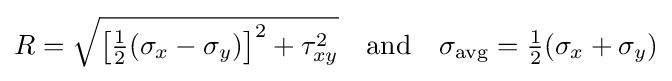
R={\sqrt {\left[{\tfrac {1}{2}}(\sigma _{x}-\sigma _{y})\right]^{2}+\tau _{xy}^{2}}}\quad {\text{and}}\quad \sigma _{\mathrm {avg} }={\tfrac {1}{2}}(\sigma _{x}+\sigma _{y})\,\!